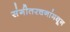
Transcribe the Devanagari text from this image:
संगीतरचनांमधून